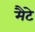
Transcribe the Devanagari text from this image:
मैटे